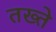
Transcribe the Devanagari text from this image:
तख्‍ते